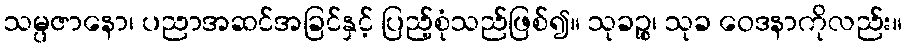
သမ္ပဇာနော၊ ပညာအဆင်အခြင်နှင့် ပြည့်စုံသည်ဖြစ်၍။ သုခဉ္စ၊ သုခ ဝေဒနာကိုလည်း။